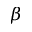
\beta